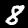
Digit: 8